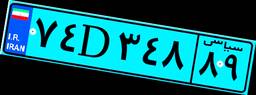
۲۹D۹۴۹۹۶